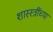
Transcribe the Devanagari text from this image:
शास्स्त्रींच्या